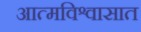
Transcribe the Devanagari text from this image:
आत्मविश्वासात